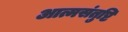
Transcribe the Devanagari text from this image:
आत्मसंतुष्टि